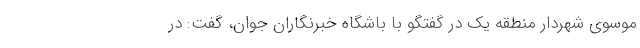
موسوی شهردار منطقه یک در گفتگو با باشگاه خبرنگاران جوان، گفت: در